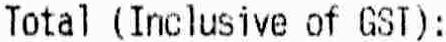
TOTAL (INCLUSIVE OF GST):